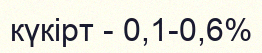
күкірт - 0,1-0,6%